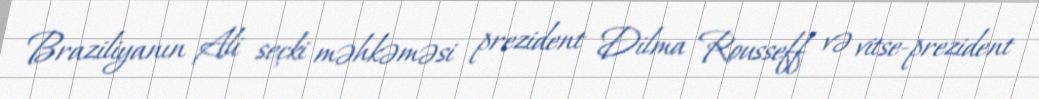
Braziliyanın Ali seçki məhkəməsi prezident Dilma Rousseff və vitse-prezident